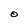
Character: O